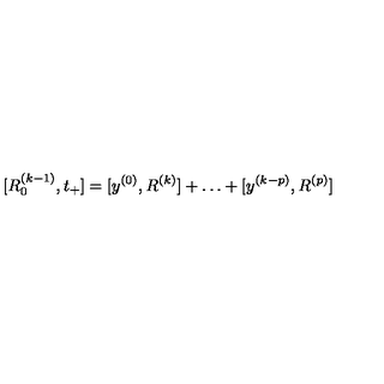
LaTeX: [ R _ { 0 } ^ { ( k - 1 ) } , t _ { + } ] = [ y ^ { ( 0 ) } , R ^ { ( k ) } ] + \ldots + [ y ^ { ( k - p ) } , R ^ { ( p ) } ]